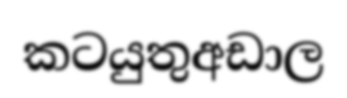
කටයුතුඅඩාල